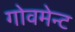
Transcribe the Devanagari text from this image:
गोवमेन्ट